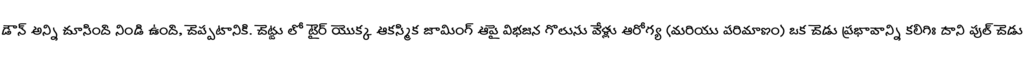
డౌన్ అన్ని చూసింది నిండి ఉంది, చెప్పటానికి. చెట్టు లో టైర్ యొక్క ఆకస్మిక జామింగ్ ఆపై విభజన గొలుసు వేళ్లు ఆరోగ్య (మరియు పరిమాణం) ఒక చెడు ప్రభావాన్ని కలిగిః దాని పుల్ చెడు